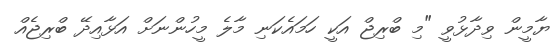
ޔާމީން ވިދާޅުވީ "މި ބްރިޖް އަކީ ހަމައެކަނި މާލެ މީހުންނަށް އަޅާއިދޭ ބްރިޖެއް